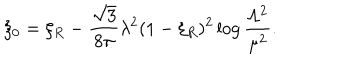
\xi _ { 0 } = \xi _ { R } - \frac { \sqrt { 3 } } { 8 \pi } \lambda ^ { 2 } ( 1 - \xi _ { R } ) ^ { 2 } \log \frac { \Lambda ^ { 2 } } { \mu ^ { 2 } } .